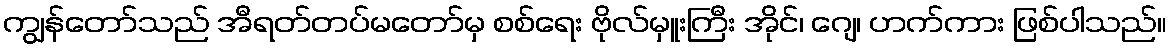
ကျွန်တော်သည် အီရတ်တပ်မတော်မှ စစ်ရေး ဗိုလ်မှူးကြီး အိုင်၊ ဂျေ၊ ဟက်ကား ဖြစ်ပါသည်။